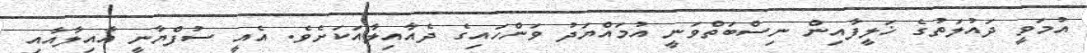
އުމަވީ ދައުލަތުގެ ޚަލީފާއިން ނިސްބަތްވަނީ އުމައްޔަދު ވަންހައިގެ ދެއާއިލާއަކަށެވެ. އެއީ ސުފްޔާނީ އާއިލާއާއި